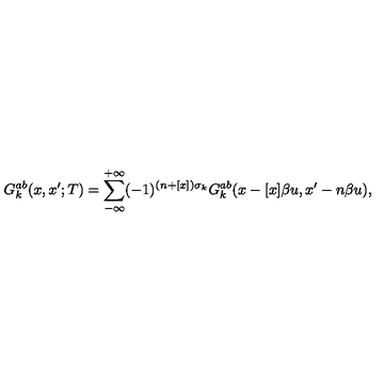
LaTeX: G _ { k } ^ { a b } ( x , x ^ { \prime } ; T ) = \sum _ { - \infty } ^ { + \infty } ( - 1 ) ^ { ( n + [ x ] ) \sigma _ { k } } G _ { k } ^ { a b } ( x - [ x ] \beta u , x ^ { \prime } - n \beta u ) ,